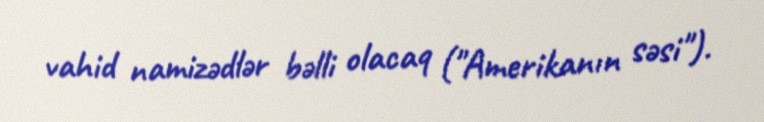
vahid namizədlər bəlli olacaq ("Amerikanın səsi").